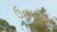
ઉનાઇઓ